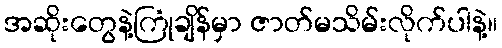
အဆိုးတွေနဲ့ကြုံချိန်မှာ ဇာတ်မသိမ်းလိုက်ပါနဲ့။